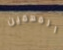
المهمين